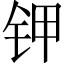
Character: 钾